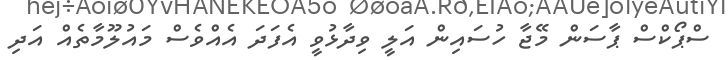
ސްޕޯކްސް ޕާސަން މޭޖާ ހުސައިން އަލީ ވިދާޅުވީ އެފަދަ އެއްވެސް މައުލޫމާތެއް އަދި